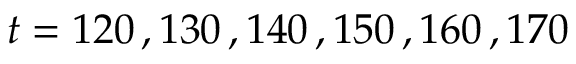
t = 1 2 0 \, , 1 3 0 \, , 1 4 0 \, , 1 5 0 \, , 1 6 0 \, , 1 7 0